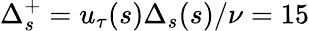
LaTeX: \Delta_{s}^{+}=u_{\tau}(s)\Delta_{s}(s)/\nu=15